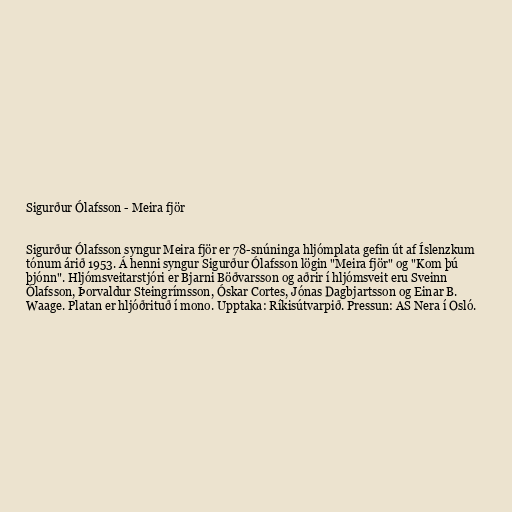
Sigurður Ólafsson - Meira fjör

Sigurður Ólafsson syngur Meira fjör er 78-snúninga hljómplata gefin út af Íslenzkum
tónum árið 1953. Á henni syngur Sigurður Ólafsson lögin "Meira fjör" og "Kom þú
þjónn". Hljómsveitarstjóri er Bjarni Böðvarsson og aðrir í hljómsveit eru Sveinn
Ólafsson, Þorvaldur Steingrímsson, Óskar Cortes, Jónas Dagbjartsson og Einar B.
Waage. Platan er hljóðrituð í mono. Upptaka: Ríkisútvarpið. Pressun: AS Nera í Osló.